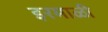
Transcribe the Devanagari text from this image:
इरमाळी